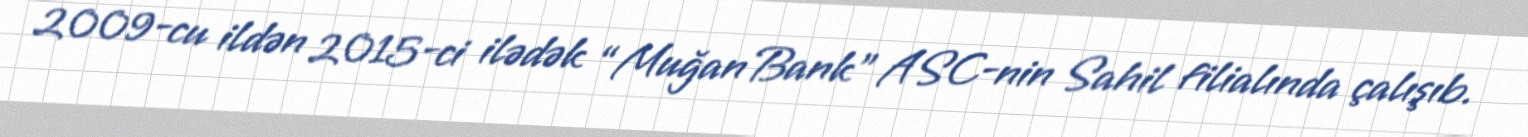
2009-cu ildən 2015-ci ilədək “Muğan Bank” ASC-nin Sahil filialında çalışıb.